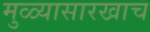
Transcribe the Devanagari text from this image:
मुळ्यासारखाच